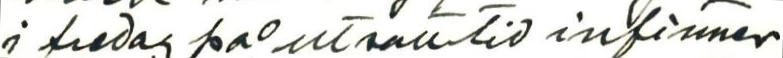
i fredag på utsatt tid infinner